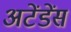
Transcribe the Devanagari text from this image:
अटेंडेंस